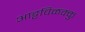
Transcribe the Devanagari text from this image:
आट्टविळक्कु